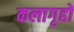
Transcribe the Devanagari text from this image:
कलागृहों